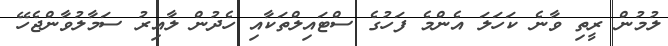
ލުމުން ރީތި ވާނެ ކަހަލަ އެންމެ ފަހުގެ ސްޓައިލްތަކާއި ހެދުން ލާއިރު ސަމާލުވާންޖެހޭ